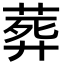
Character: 葬